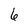
Character: 6